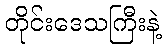
တိုင်းဒေသကြီးနဲ့